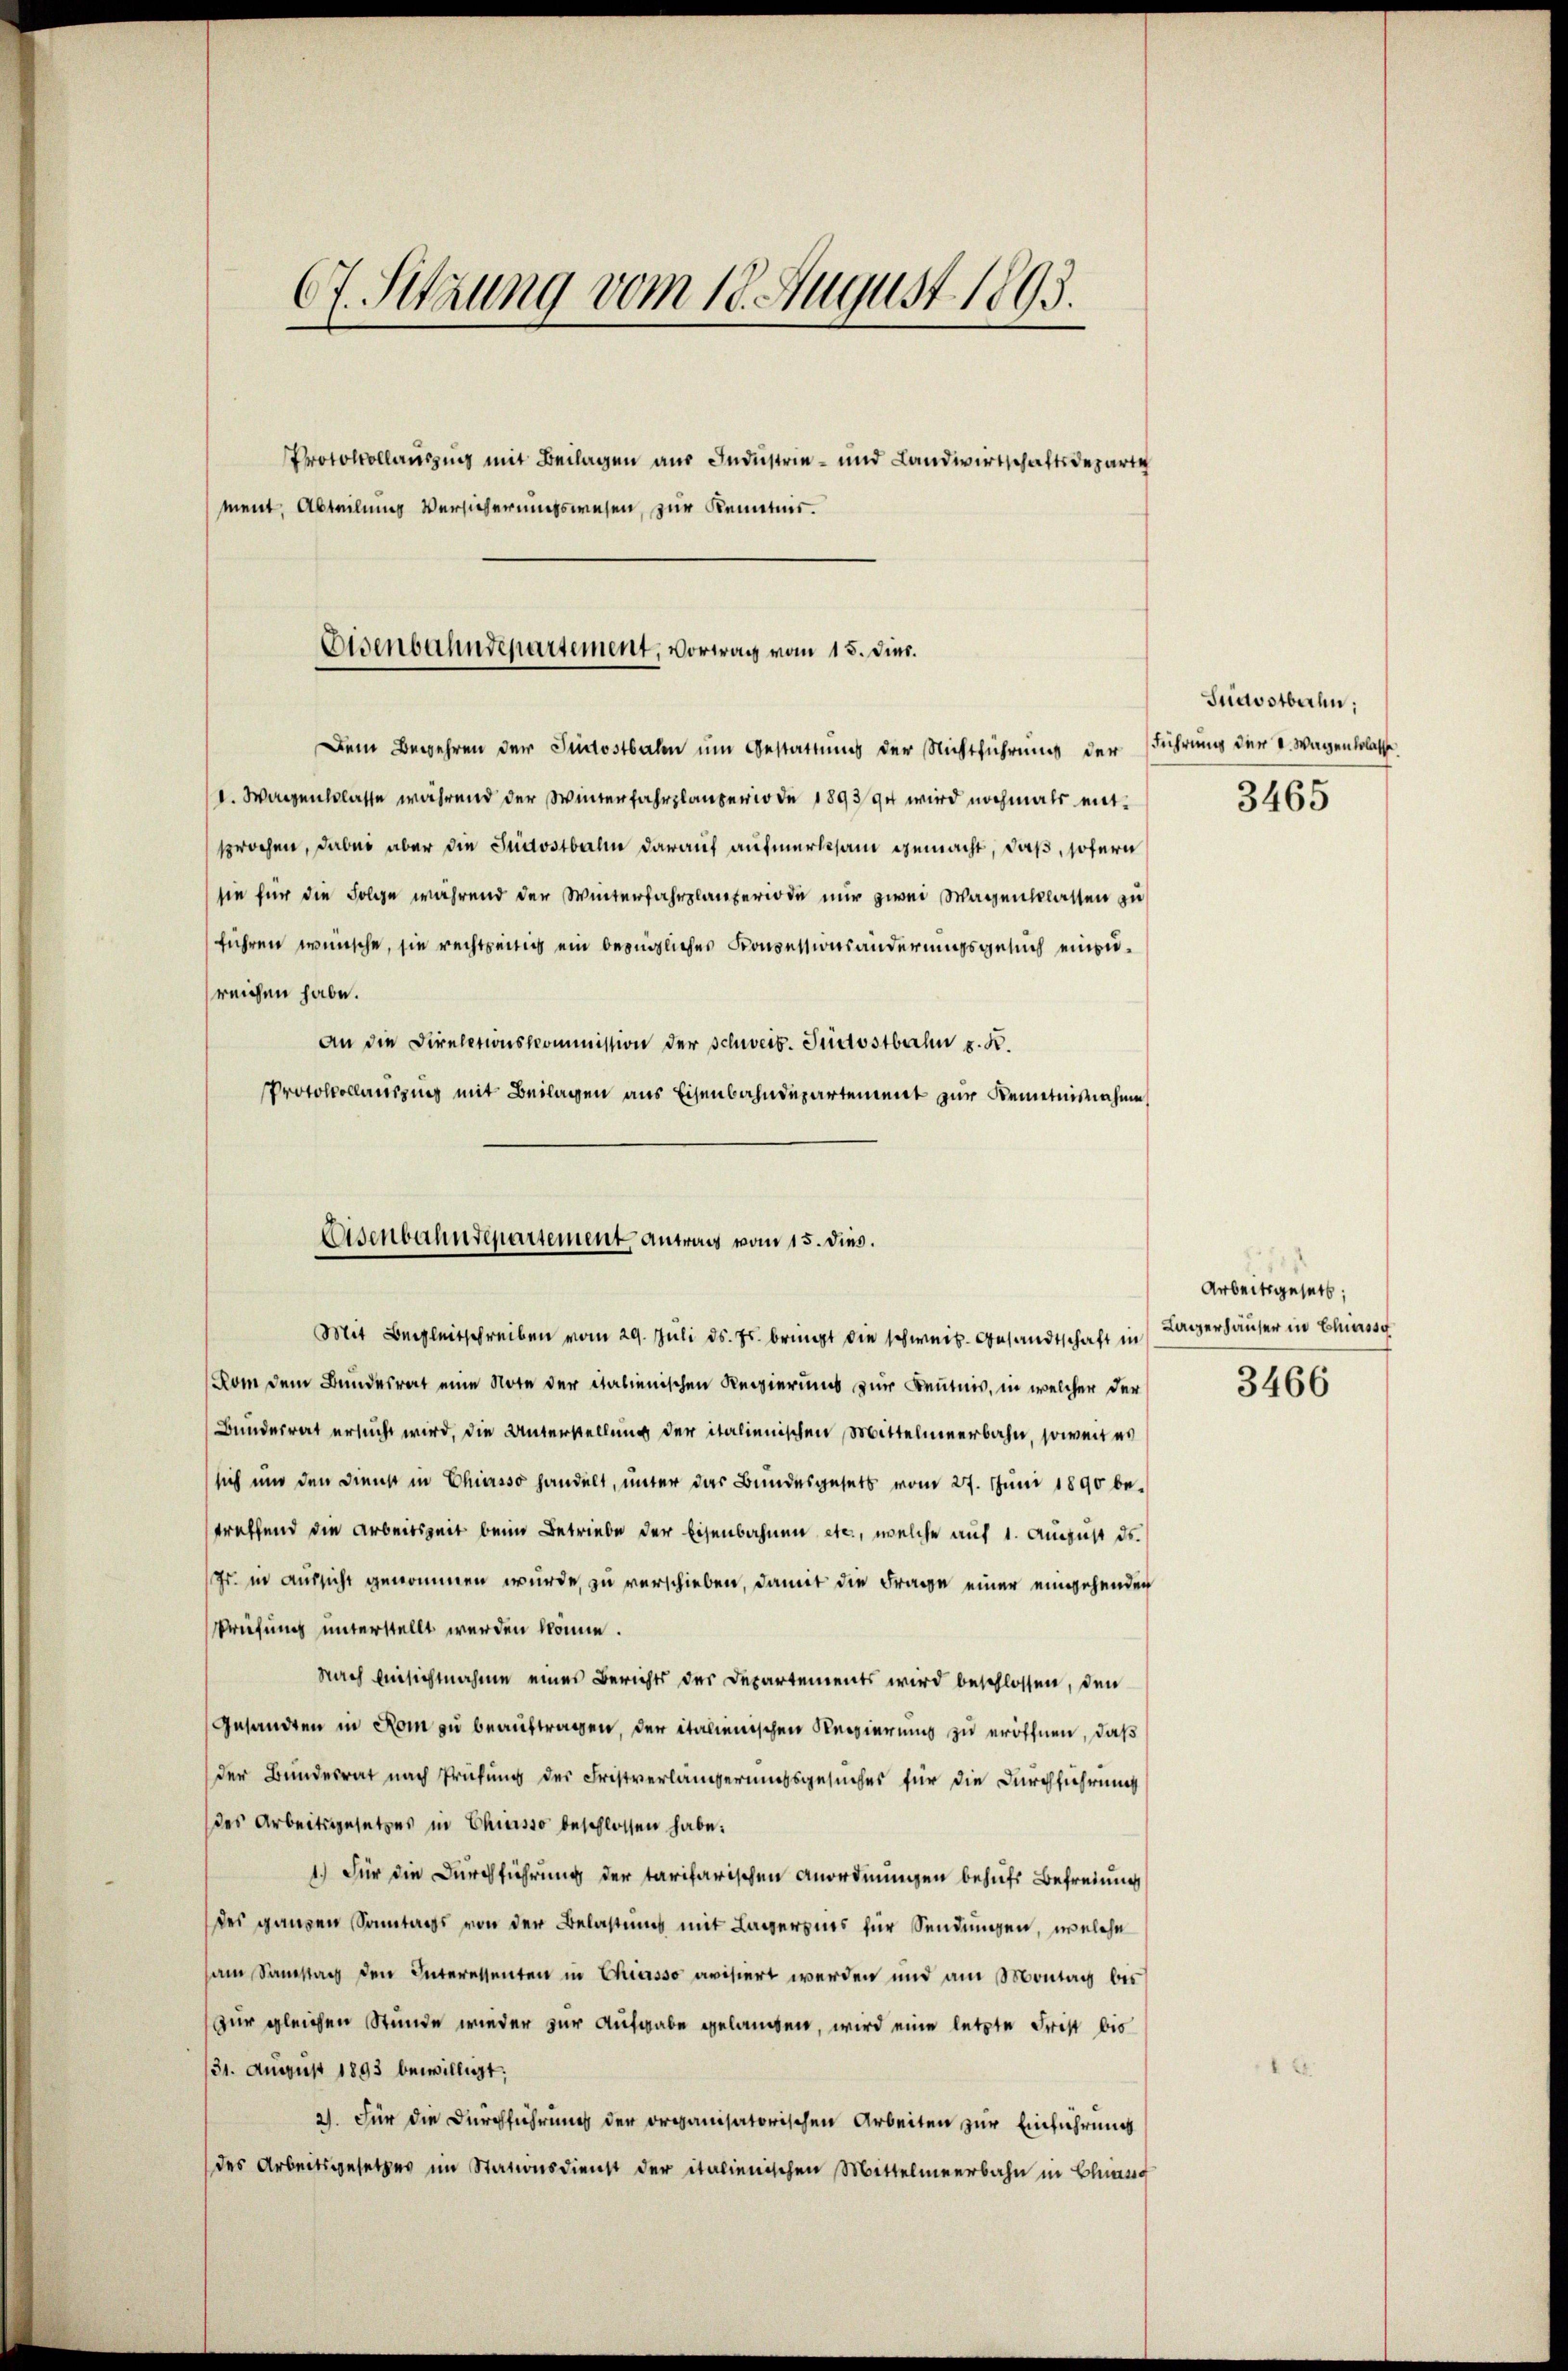
67. Sitzung vom 18. August 1893.
Protokollauszug mit Beilagen aus Industrie - und Landwirtschaftsdeparte
ment, Abteilung Versicherungswesen, zur Kenntnis.

Eisenbahndepartement, vortrag vom 15. Dier.

Dem Begehren der Südostbahn um Gestattung der Nichtführung der führung der v. Wagenbelasse
1. Waizenklasse während der Winterfahrplanperiode 1893/94 wird nochmals entsprochen, dabei aber die Südostbahn darauf aufmerksam gemacht, daß, sofern
sie für die Folge während der Winterfahrplanteriode nur zwei Wagenklassen zu
führen wünsche, sie rechtseitig ein bezügliches Konzessionsänderungsgesuch einzureichen habe.
An die Directionskommission der Schweib. Südostbahn z. K.
Protokollauszung mit Beilagen aus Eisenbahndepartement zur Kenntnisnahme

Lasenbahndepartement, Antrag vom 15. dies.

Suavotbaren:
3465

Mit Begleitschreiben vom 29. Juli d. Js. bringt die schweiz. Gesandtschaft in Lagerhäuser in Chine
Rom dem Bundesrat eine Note der italienischen Regierung zur Kenntnis, in welcher der
Bundesrat ersucht wird, die Unterstellung der italienischen Mittelmeerbahn, soweit es
sich und den Dienst in Chiasso handelt, unter das Bundesgesetz vom 27. Juni 1890 be-
treffend die Arbeitszeit beim Betriebe der Eisenbahnen etc., welche auf 1. August ds.
Fr. in Aussicht genommen wurde, zu verschieben, damit die Frage einer eingehenden
Briefung unterstellt werden könne.
Nach Einsichtnahme eines Berichts der Departements wird beschlossen, den
Gesandten in Rom zu beauftragen, der italienischen Regierung zu eröffnen, daß
der Bundesrat nach Prüfung des Fristverlängerungsgesuches für die Durchführung
des Arbeitsgesetzes in Chiasso beschlossen habe.
1.) Für die Durchführung der tarifarischen Anordnungen behufs Befreiung
des ganzen Sonntags von der Belastung mit Lagerzins für Sendungen, welche
am Samstag den Interessenten in Chiasso avisiert werden und am Montag bis
zur gleichen Stunde wieder zur Aufgabe gelangen, wird eine letzte Frist bis
131. August 1893 bewilligt;
2). Für die Durchführung der organisatorischen Arbeiten zur Einführung
des Arbeitsgesetzes im Stationsdienst der italienischen Mittelmeerbahn in Classg

Arbeitsgesetz,
3466